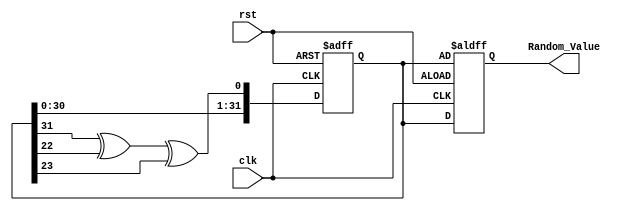
module RandomInitialization (
    input wire clk,
    input wire rst,
    output reg [31:0] Random_Value
);

    // Internal parameter for seed
    parameter SEED = 32'd123456789; // Fixed seed for repeatability

    // Linear Feedback Shift Register (LFSR) initialization
    reg [31:0] lfsr; // LFSR register for random number generation
    wire feedback;

    // Feedback from the LFSR (tap positions for x^32 + x^22 + x^23 + 1)
    assign feedback = lfsr[31] ^ lfsr[22] ^ lfsr[23];

    // LFSR operation
    always @(posedge clk or posedge rst) begin
        if (rst) begin
            // Reset and initialize the LFSR with a seed
            lfsr <= SEED;
            Random_Value <= lfsr; // Initialize the random value
        end else begin
            // Shift the LFSR and generate a new random value
            lfsr <= {lfsr[30:0], feedback};
            Random_Value <= lfsr; // Update the random value
        end
    end

    // Initial block to generate random value at the start of the simulation
    initial begin
        lfsr = SEED; // Seed initialization
        Random_Value = lfsr; // Initialize the random value
    end

endmodule